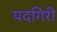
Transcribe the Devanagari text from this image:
यदगिरी